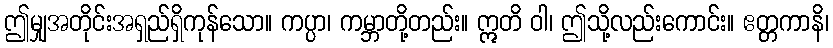
ဤမျှအတိုင်းအရှည်ရှိကုန်သော။ ကပ္ပာ၊ ကမ္ဘာတို့တည်း။ ဣတိ ဝါ၊ ဤသို့လည်းကောင်း။ ဧတ္တကာနိ၊